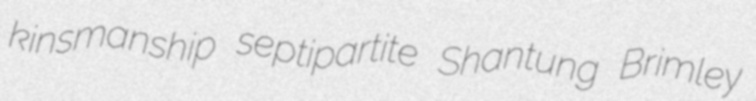
kinsmanship septipartite Shantung Brimley